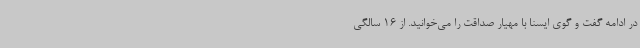
در ادامه گفت و گوی ایسنا با مهیار صداقت را می‌خوانید. از 16 سالگی